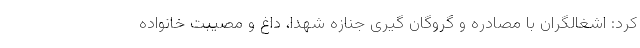
کرد: اشغالگران با مصادره و گروگان گیری جنازه شهدا، داغ و مصیبت خانواده